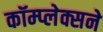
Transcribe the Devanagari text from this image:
कॉम्प्लेक्सने